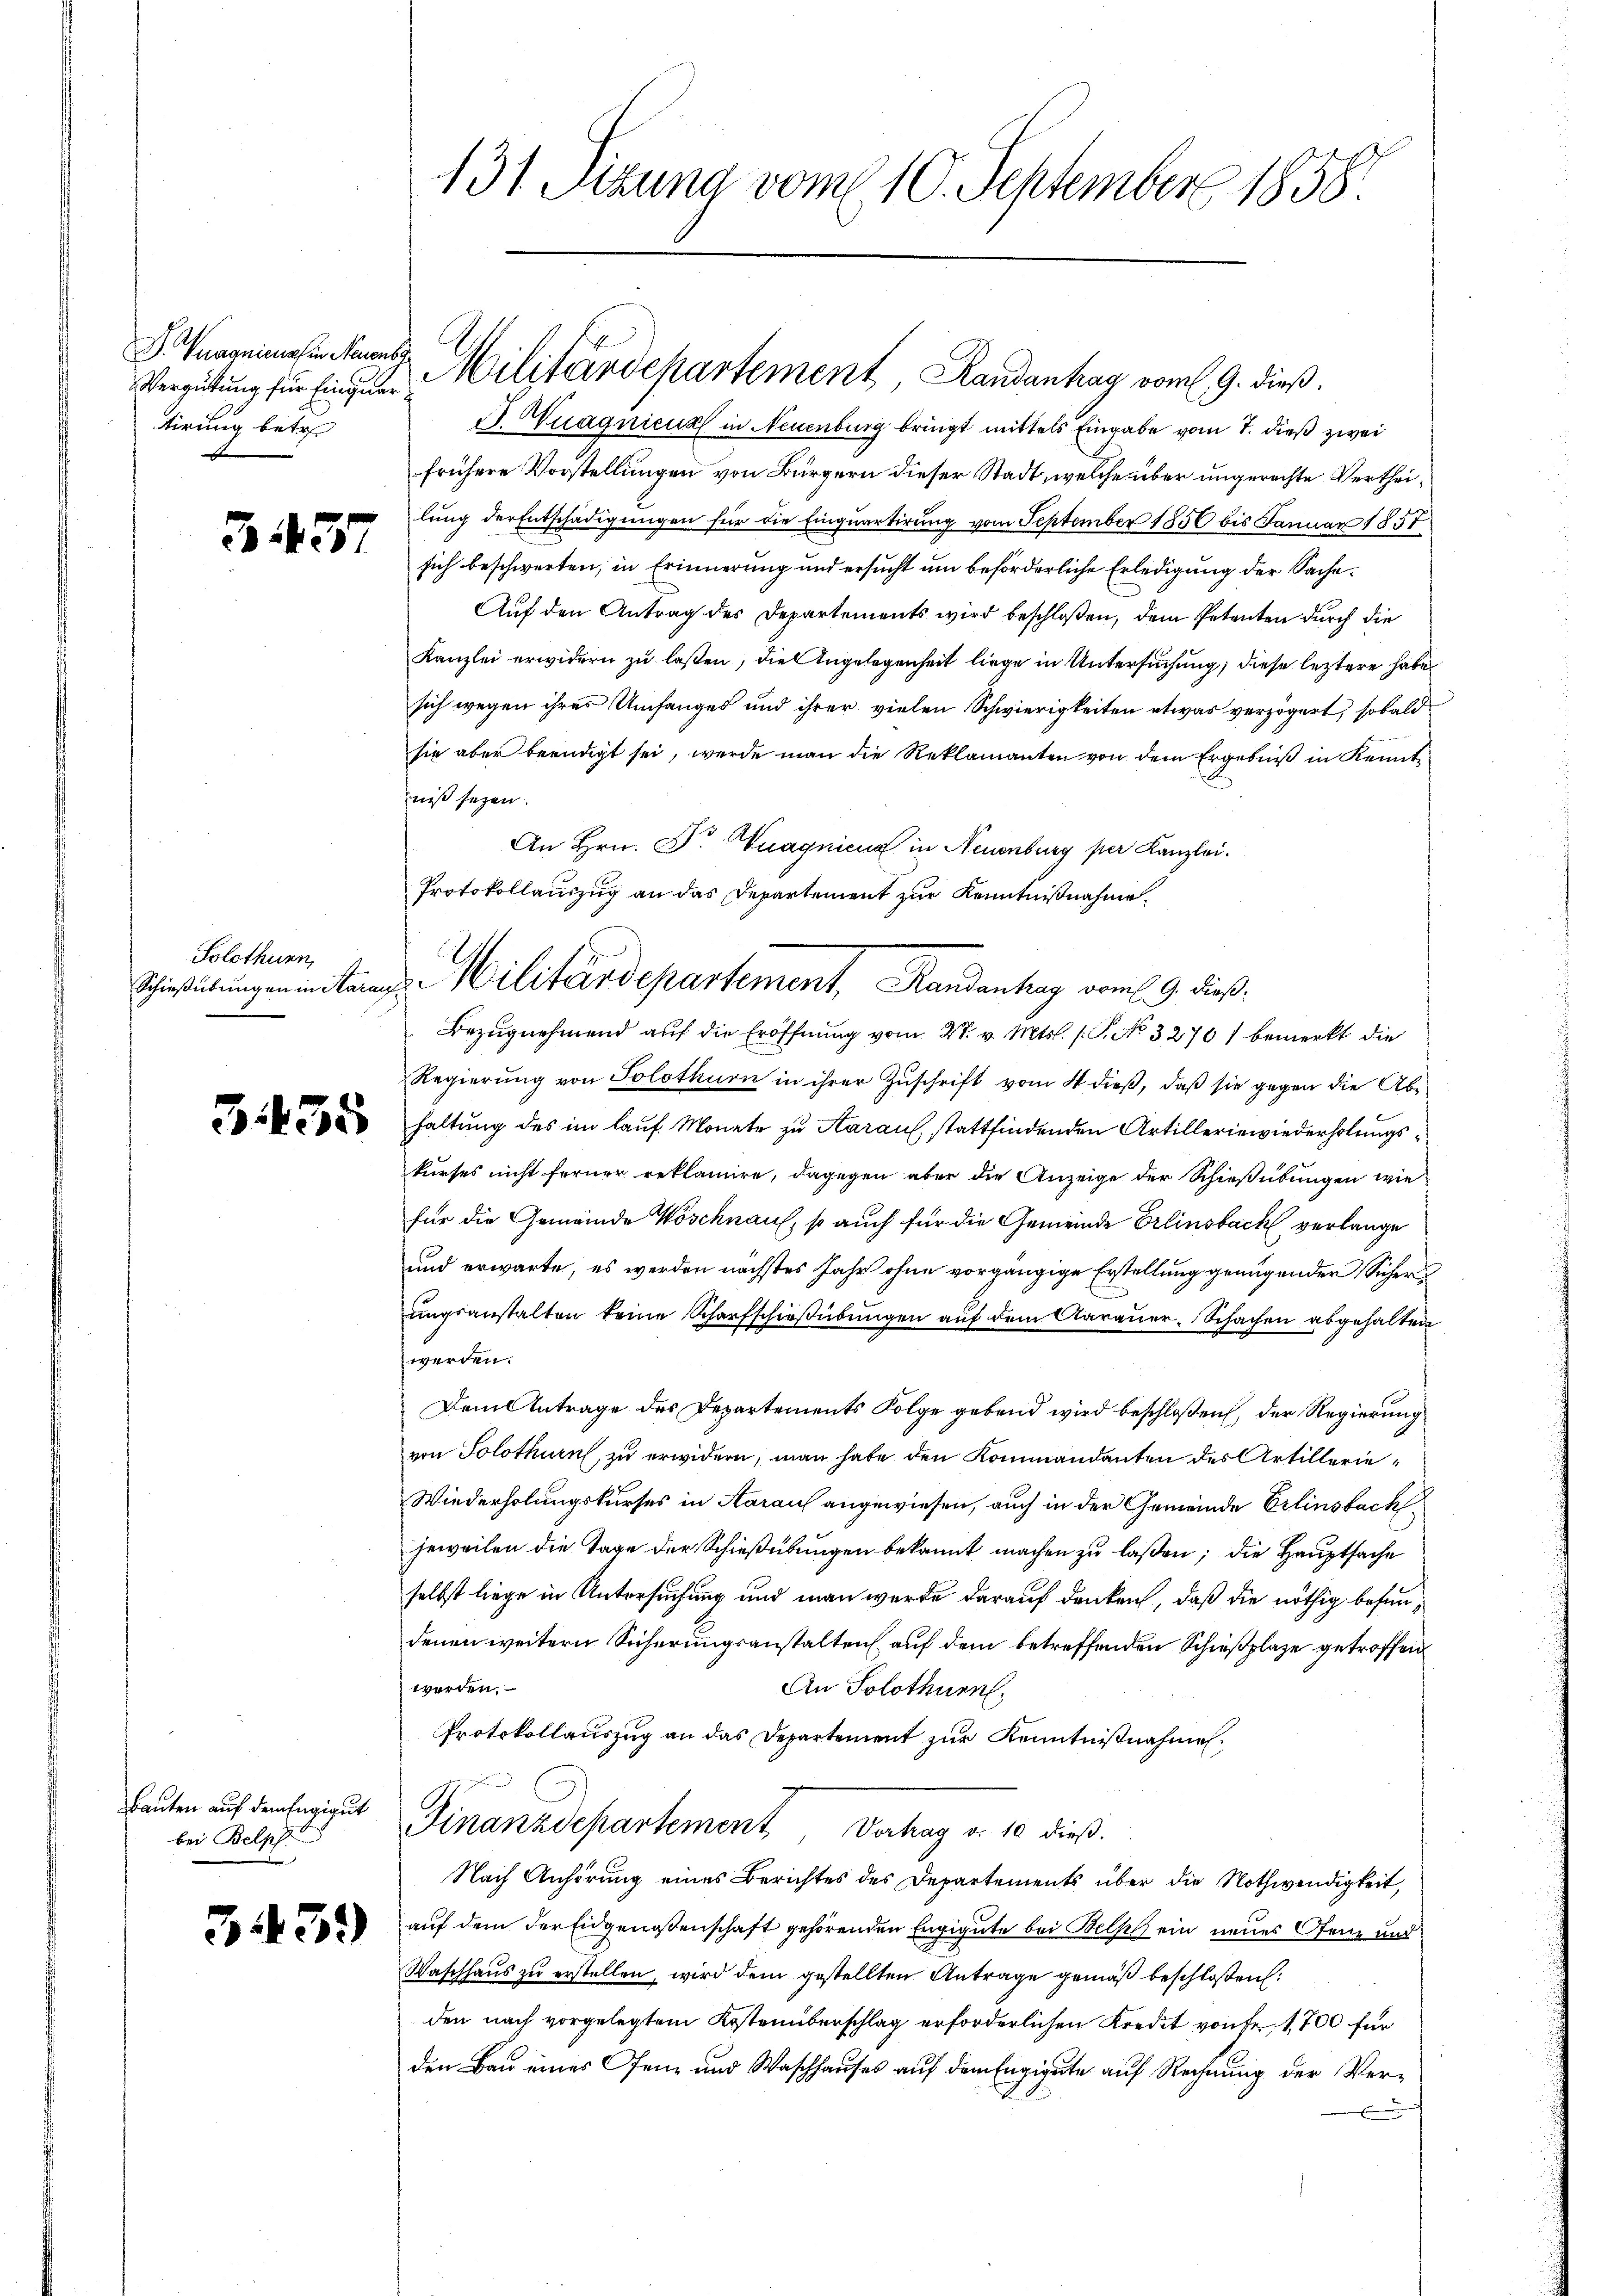
S. Vunonicus in Neuenb
tirung betr.

34557

Solothurn,
Schießübungen in Sara

3455

Bauten auf dem fügigut
bei Belph

343.

131. Stung vom 10. September 1858.

Wuaqnicus in Neuenburg bringt mittels Eingabe vom 7. dieß zwei
frühere Vorstellungen von Bürgern dieser Stadt, welche über ungerechte Vertheilung der Entschädigungen für die Einquartirung vom September 1856 bis Januar 1857
sich beschwerten, in Erinnerung und ersucht um beförderliche Erledigung der Sache.
Auf den Antrag des Departements wird beschloßen, dem Petenten durch die
Kanzlei erwidern zu lassen, die Angelegenheit liege in Untersuchung, diese leztere habe
sich wegen ihres Umfanges und ihrer vielen Schwierigkeiten etwas verzögert, sobald
sie aber beendigt sei, werde man die Reklamanten von dem Ergebniß in Kennt
niß seyen.
An Hrn. F. Vuagnien in Neuenburg per Kanzlei.
Protokollauszug an das Departement zur Kenntnißnahme.
Bezugnehmend auf die Eröffnung vom 27. v. Mts. 1. No. 3276) bemerkt die
Regierŭng von Solothurn in ihrer Zŭschrift vom 4. dieβ, daβ sie gegen die Abe
haltung des im lauf Monate zu Sarauf stattfindenden Artillerie wiederholungskurses nicht ferner reklamire, dagegen aber die Anzeige der Schießübungen wie
für die Gemeinde Wöschnauf, so auch für die Gemeinde Erlinsbach verlange
und erwarte, es werden nächstes Jahr ohne vorgängige Erstellung genügender Sicher
ungsanstalten keine Scharfschießübungen auf dem Aarauer-Schachen abgehalten
werden.
Dem Antrage des Departements Folge gebend wird beschloßen, der Regierung
von Solothurn, zu erwidern, man habe den Kommandanten des Artillerie¬
Wiederholungskurses in Aarauf angewiesen, auch in der Gemeinde Erlinsbach
jeweilen die Tage der Schießübungen bekannt machen zu laßen; die Hauptsache
selbst liege in Untersuchung und man werde darauf denken, daß die nöthig befundenen weitern Sicherungsanstalten auf dem betreffenden Schießplaze getroffen
werden.
An Solothurn,
Protokollauszug an das Departement zur Kenntnißnahme
Finanzdepartement Verhag u. 10 dieß.
Nach Anhörung eines Berichtes des Departements über die Nothwendigkeit,
auf dem der Eidgenoßenschaft gehörenden Engigute bei Bels ein neues Ofen und
Waschhaus zu erstellen, wird dem gestellten Antrage gemäß beschloßen:
den nach vorgelegtem Kostenüberschlag erforderlichen Kredit von fr. 1700 für
den Bau einer Ofen und Waschhauses auf dem Engigute auf Rechnung der Ver¬

Vergütung für findeten Militärdepartement, Randanhag vom 9. dieß.

Militärdepartement, Randenhag vom 9. dieß.